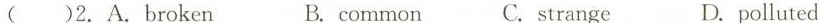
( )2.A.broken B.common C.strange D.polluted